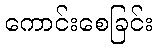
ကောင်းစေခြင်း